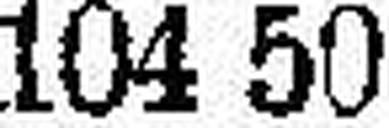
104 50